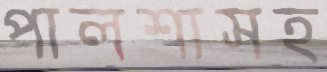
পালশাসহ